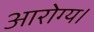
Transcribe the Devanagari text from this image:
आरोग्य।